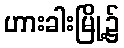
ဟားခါးမြို့၌